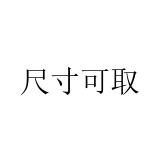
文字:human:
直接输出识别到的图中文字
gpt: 尺寸可取